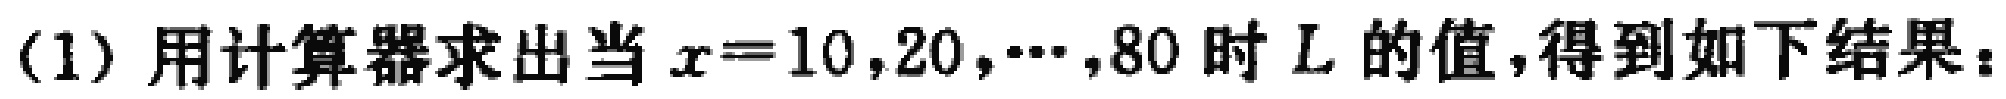
(1) 用计算器求出当 \(x = 10,20,\cdots,80\) 时 \(L\) 的值，得到如下结果：